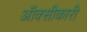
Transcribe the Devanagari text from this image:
ऑक्सीकारी